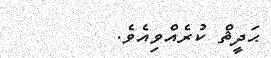
ޙަދީޘް ކުރެއްވިއެވެ.